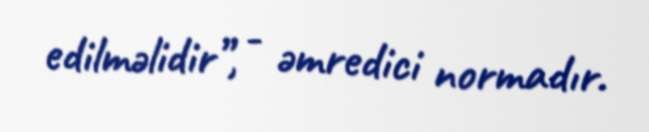
edilməlidir”, - əmredici normadır.